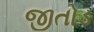
જીતોડ